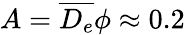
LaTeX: A=\overline{{D_{e}}}\phi\approx 0.2